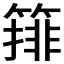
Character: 𱸞